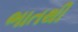
ભાતથી